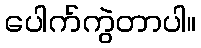
ပေါက်ကွဲတာပါ။